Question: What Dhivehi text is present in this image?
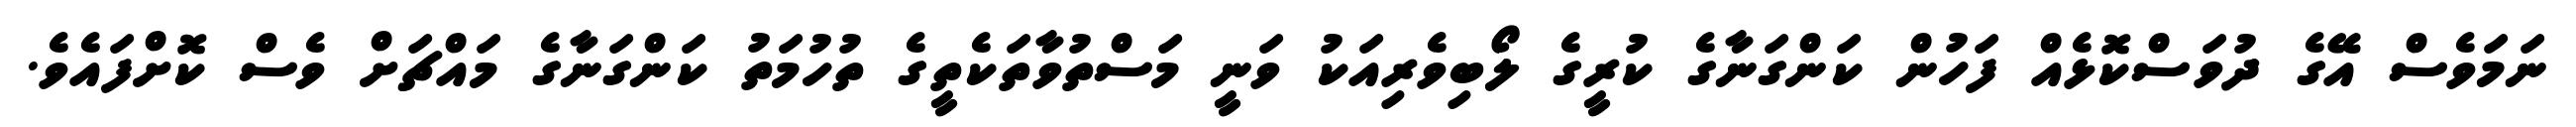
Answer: ނަމަވެސް އޭގެ ދުވަސްކޮޅެއް ފަހުން ކަންގަނާގެ ކުރީގެ ލޯބިވެރިއަކު ވަނީ މަސްތުވާތަކެތީގެ ތުހުމަތު ކަންގަނާގެ މައްޗަށް ވެސް ކޮށްފައެވެ.